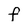
Character: F